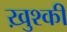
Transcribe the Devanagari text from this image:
ख़ुश्की